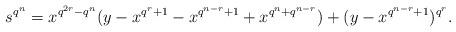
LaTeX: \begin{align*} s^{q^n}=x^{q^{2r}-q^{n}}(y-x^{q^r+1}-x^{q^{n-r}+1}+x^{q^n+q^{n-r}})+(y-x^{q^{n-r}+1})^{q^r}.\end{align*}